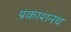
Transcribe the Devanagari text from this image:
प्रकाशनच